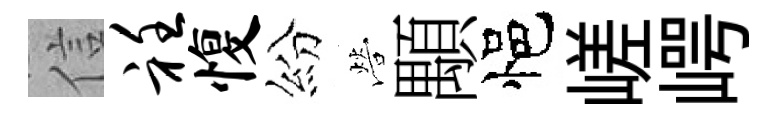
信衽愎紛營顒悒嵯崿